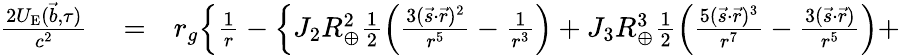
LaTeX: \begin{array}{rlr}{\frac{2U_{\mathrm{E}}({\vec{b}},\tau)}{c^{2}}}&{{}=}&{r_{g}\Big\{ \frac{1}{r}-\Big\{ J_{2}R_{\oplus}^{2}\frac{1}{2}\Big(\frac{3({\vec{s}}\cdot{\vec{r}})^{2}}{r^{5}}-\frac{1}{r^{3}}\Big)+J_{3}R_{\oplus}^{3}\frac{1}{2}\Big(\frac{5({\vec{s}}\cdot{\vec{r}})^{3}}{r^{7}}-\frac{3({\vec{s}}\cdot{\vec{r}})}{r^{5}}\Big)+}\end{array}